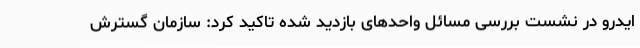
ایدرو در نشست بررسی مسائل واحدهای بازدید شده تاکید کرد: سازمان گسترش